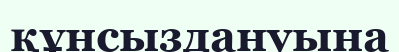
құнсыздануына